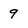
Character: 9